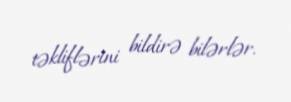
təkliflərini bildirə bilərlər.